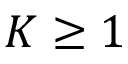
K \geq 1